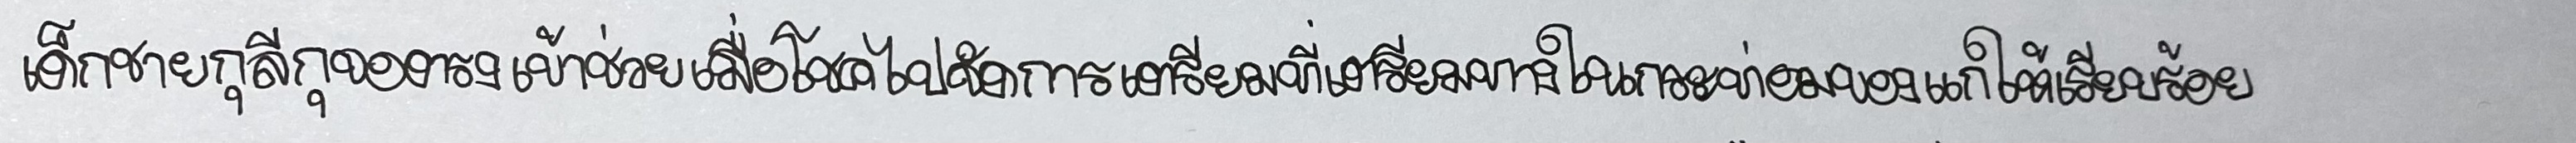
เด็กชายกุลีกุจอตรงเข้าช่วยเมื่อโชคไปจัดการเตรียมที่เตรียมทางในกระท่อมของแกให้เรียบร้อย